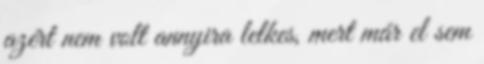
azért nem volt annyira lelkes, mert már el sem